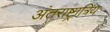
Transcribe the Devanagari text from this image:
अंतराष्ट्रात्रिय